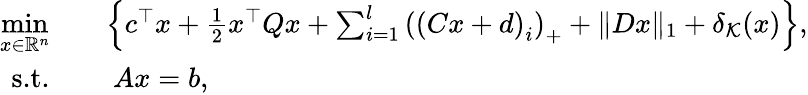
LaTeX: \begin{array}{rl}{\underset{x\in\mathbb{R}^{n}}{\mathrm{min}}}&{\quad\left\{ c^{\top}x+\frac{1}{2}x^{\top}Qx+\sum_{i=1}^{l}\left(\left(Cx+d\right)_{i}\right)_{+}+\| Dx\| _{1}+\delta_{\mathcal{K}}(x)\right\} ,}\\ {\textnormal{s.t.}}&{\quad\ Ax=b,}\end{array}